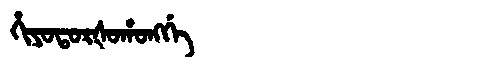
Manchu: ᡥᡳᠶᠣᡨᠣᡵᡧᠣᡥᠣᠩᡤᡝ
Romanization: HIYOTORŠOHONGGE